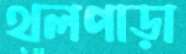
থলপাড়া